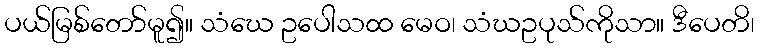
ပယ်မြစ်တော်မူ၍။ သံဃေ ဥပေါသထ မေဝ၊ သံဃဥပုသ်ကိုသာ။ ဒီပေတိ၊